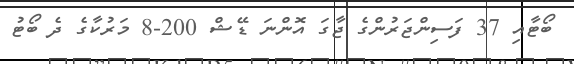
ބޯޓާއި 37 ފަސިންޖަރުންގެ ޖާގަ އޮންނަ ޑޭޝް 200-8 މަރުކާގެ ދެ ބޯޓު